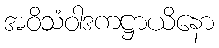
အဝိသံဝါဒကဋ္ဌာယိနော